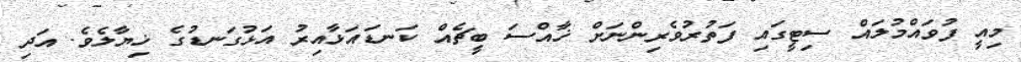
މިއީ ފުވައްމުލައް ސިޓީގައި ފަތުރުވެރިންނަށް ޚާއްސަ ބީޗެއް ކަނޑައަޅާއިރު އަޅުގަނޑުގެ ޚިޔާލެވެ. އަދި